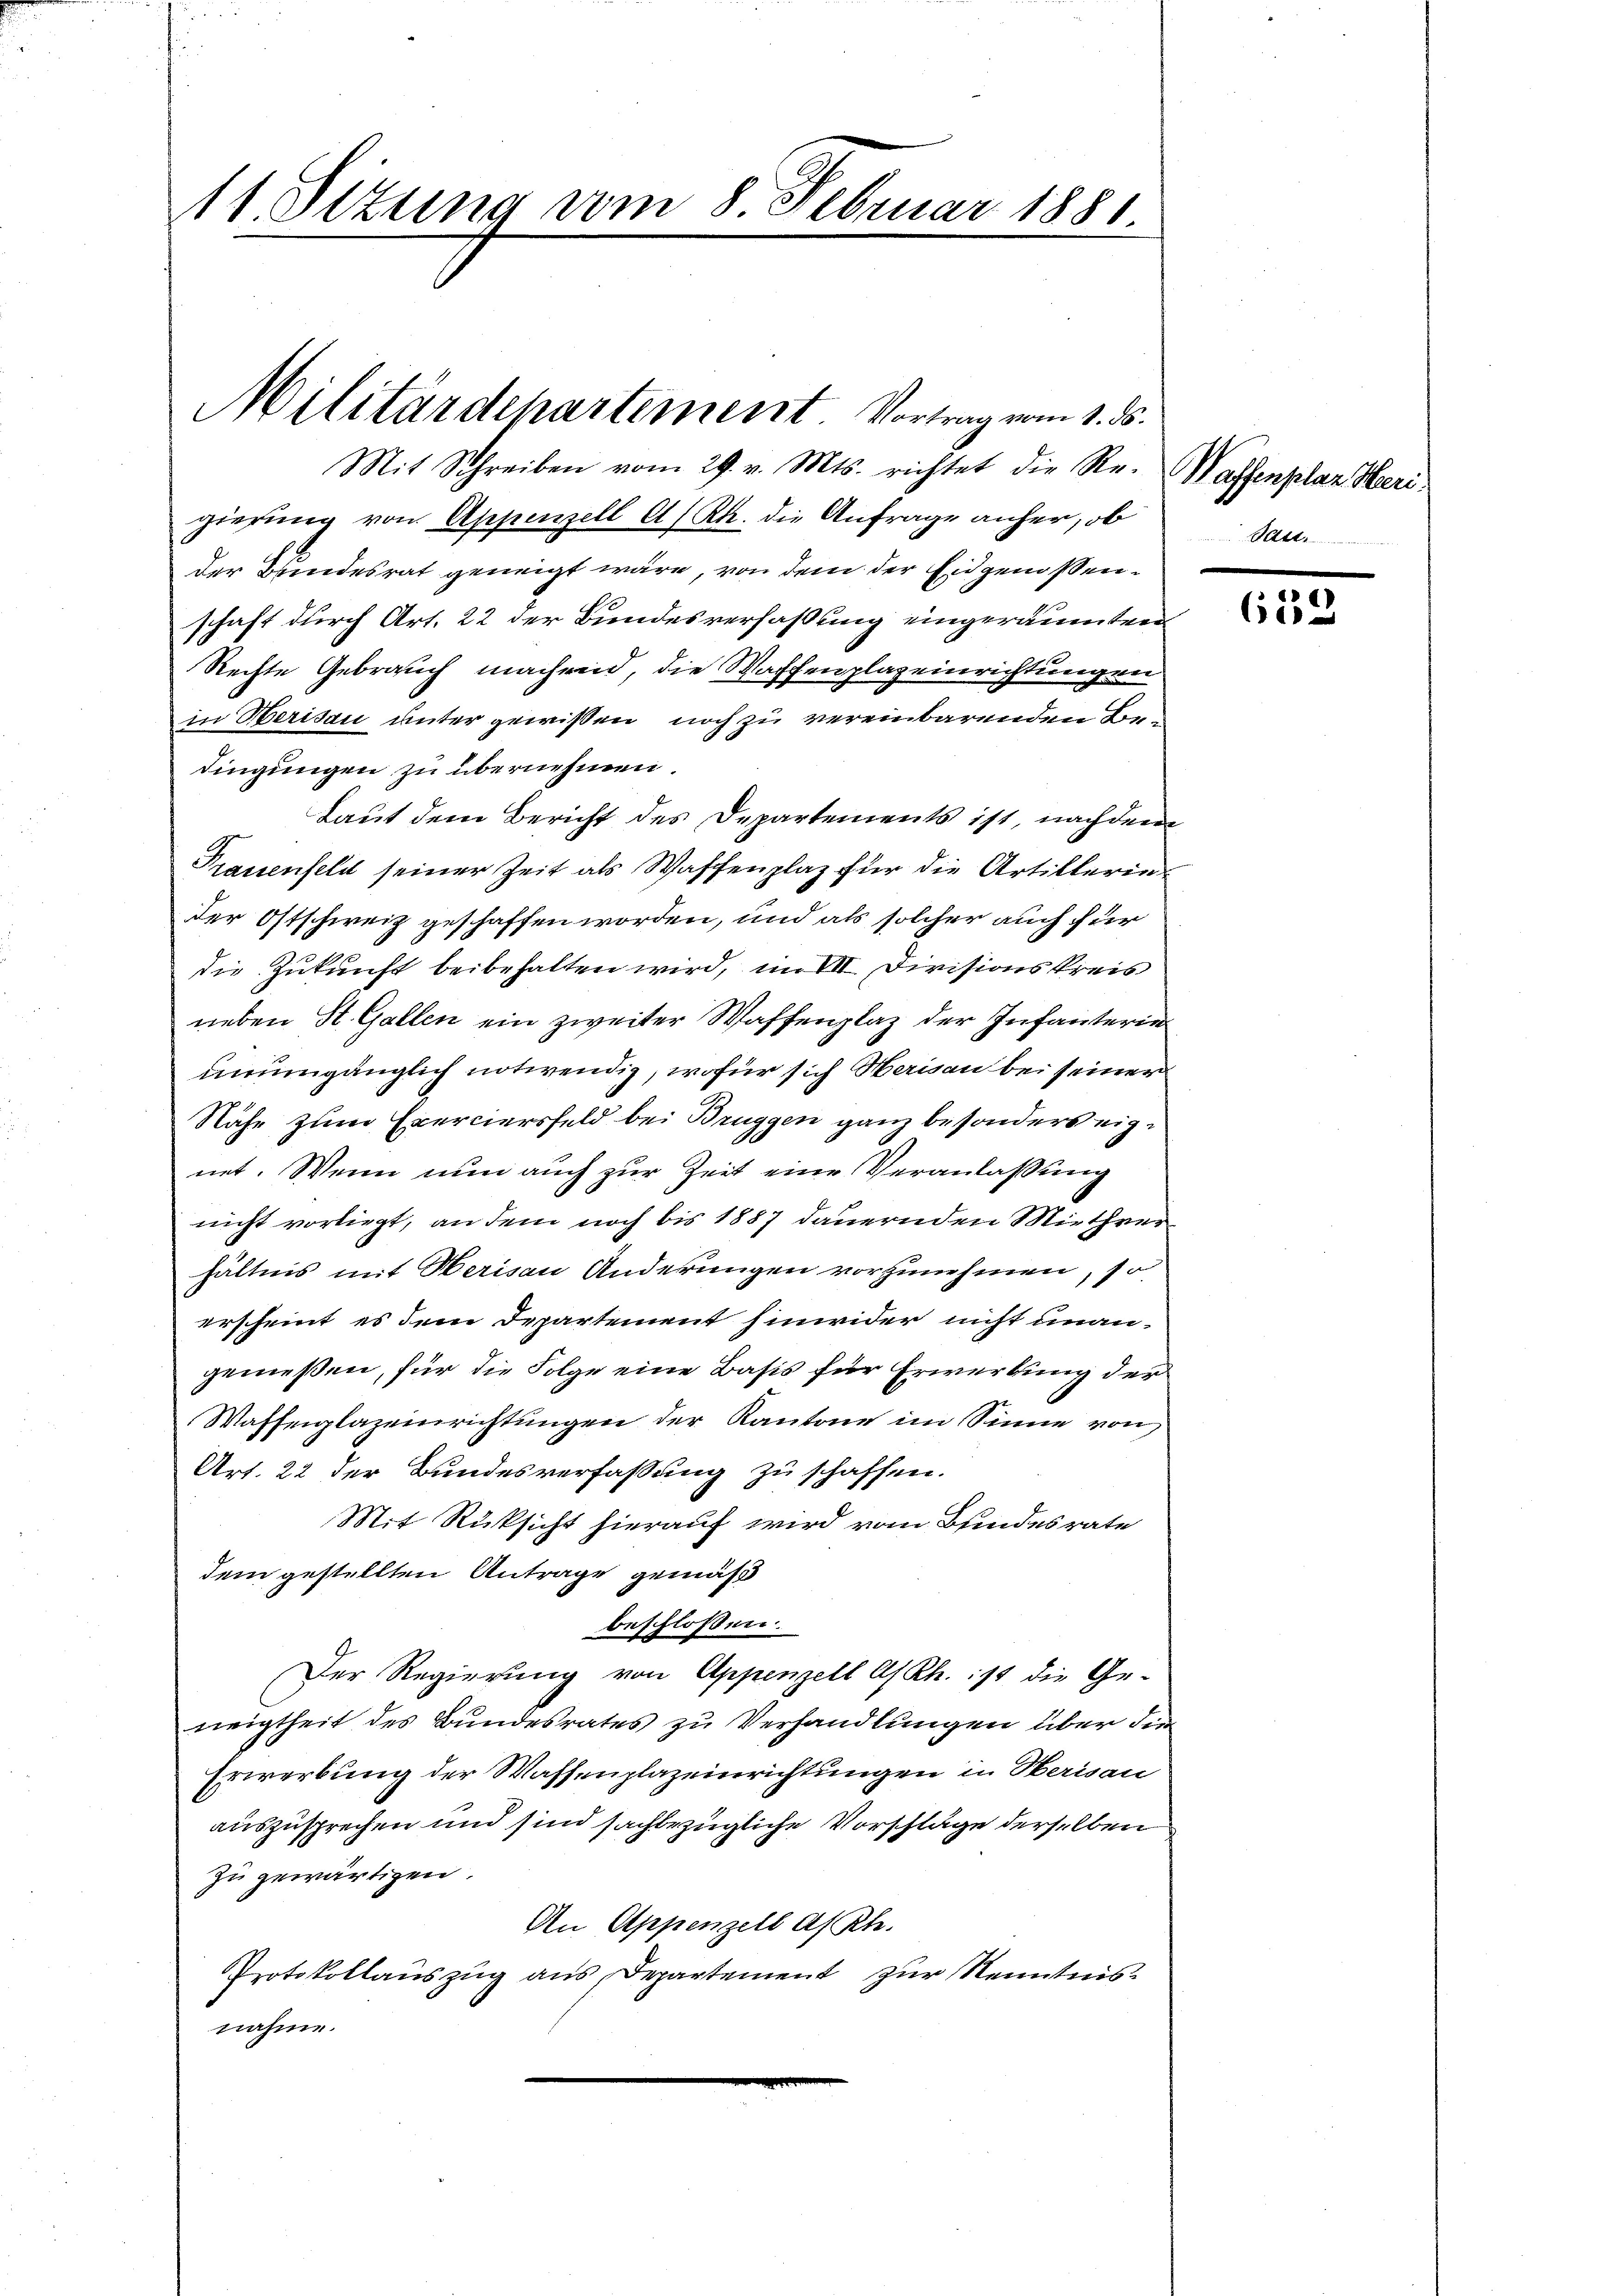
Mit Schreiben vom 29. v. Mts. richtet die Re- Waffenplaz Herigierung von Appenzell A/Rh. die Anfrage anher, ob
der Bundesrat geneigt wäre, von dem der Eidgenossenschaft durch Art. 22 der Bundesverfaßung eingeräumten
Rechte Gebrauch machend, die Waffenplazeinrichtungen
in Herisau unter gewißen noch zu vereinbarenden Bedingungen zu übernehmen.
Laut dem Bericht des Departements ist, nachdem
Frauenfeld seiner Zeit als Waffenplaz für die Artillerin
der Ostschweiz geschaffen worden, und als solcher auch für
die Zukunft beibehalten wird, im VII. Divisionskreis
neben St. Gallen ein zweiter Waffenplaz der Infanterie
unumgänglich notwendig, wofür sich Herisau bei seiner
Nähe zum Exerciersfeld bei Brüggen ganz besonders eignet. Wenn nun auch zur Zeit eine Veranlassung
nicht vorliegt, an dem noch bis 1887 dauernden Miethver
hältnis mit Merisau Änderungen vorzunehmen, so
erscheint, es dem Departement hinwider nicht unangemeßen, für die Folge eine Basis für Erwerbung der
Waffenplazeinrichtungen der Kantone im Sinne von
Art. 22 der Bundesverfassung zu schaffen.
Mit Rücksicht hierauf wird vom Bindesrate
dem gestellten Antrage gemäß
beschlossen:
Der Regierung von Appenzell A/Rh. 1/8 die Ge-
neigtheit des Bundesrates zu Verhandlungen über die
Erwerbung der Wassenplazeinrichtungen in Herisau
auszusprechen und sind sachbezügliche Vorschläge derselben
zu gewärtigen.
An Appenzell Af Rh.
Protokollauszug aus Departement zur Kenntnisnahme.

111. Situng vom 8. Februar 1881.

Militärdepartement. Vortrag vom 1. ds.

Sast.

612